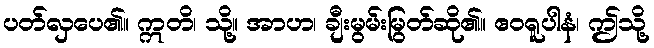
ပတ်လှပေ၏။ ဣတိ၊ သို့။ အာဟ၊ ချီးမွမ်းမြွတ်ဆို၏။ ဧဝရူပါနံ၊ ဤသို့